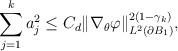
LaTeX: \begin{align*}\sum_{j=1}^k a_j^2\le C_d\|\nabla_\theta\varphi\|_{L^2(\partial B_1)}^{2(1-\gamma_k)},\end{align*}